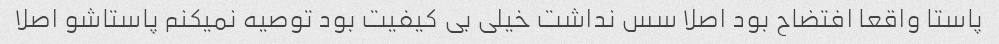
پاستا واقعا افتضاح بود اصلا سس نداشت خیلی بی کیفیت بود توصیه نمیکنم پاستاشو اصلا